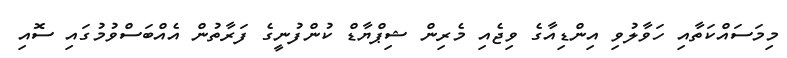
މިމަސައްކަތާއި ހަވާލުވި އިންޑިއާގެ ވިޖެއި މެރިން ޝިޕްޔާޑް ކުންފުނީގެ ފަރާތުން އެއްބަސްވުމުގައި ސޮއި